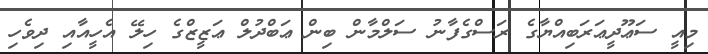
މިއީ ސަޢޫދީޢަރަބިއްޔާގެ ރަސްގެފާނު ސަލްމާން ބިން ޢަބްދުލް ޢަޒީޒްގެ ހިލޭ އެހީއާއި ދިވެހި